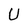
Character: U